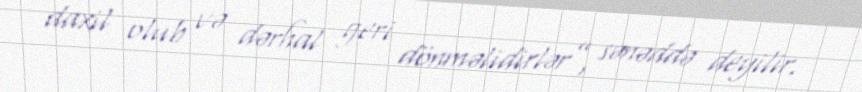
daxil olub və dərhal geri dönməlidirlər”, sənəddə deyilir.